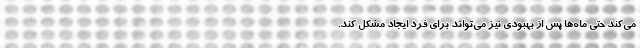
می‌کند حتی ماه‌ها پس از بهبودی نیز می‌تواند برای فرد ایجاد مشکل کند.